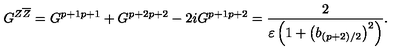
G ^ { Z \overline { { Z } } } = G ^ { p + 1 p + 1 } + G ^ { p + 2 p + 2 } - 2 i G ^ { p + 1 p + 2 } = \frac { 2 } { \varepsilon \left( 1 + \left( b _ { ( p + 2 ) / 2 } \right) ^ { 2 } \right) } .